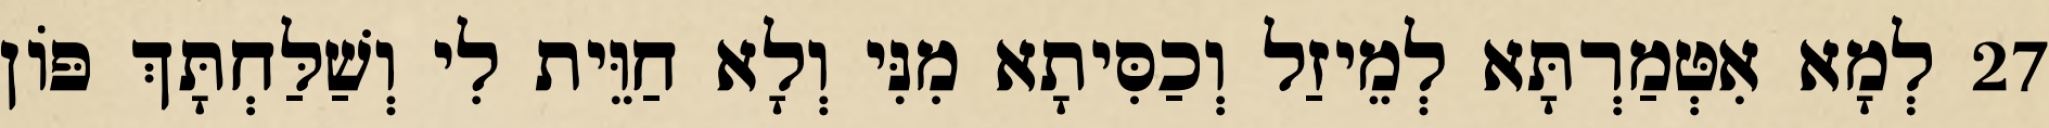
27 לְמָא אִטְּמַרְתָּא לְמֵיזַל וְכַסִּיתָא מִנִּי וְלָא חַוֵּית לִי וְשַׁלַּחְתָּךְ פּוֹן